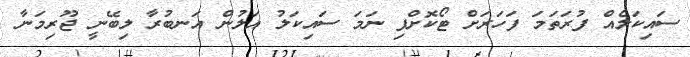
ސައިކަލެއް ފުރަތަމަ ފަހަރަށް ޓޯކޮށްފި ނަމަ ސައިކަލު އަލުން އަނބުރާ ލިބޭނީ ޖޫރިމަނާ